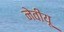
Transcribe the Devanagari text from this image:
नेवीयू